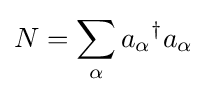
N=\sum _{\alpha }{a_{\alpha }}^{\dagger }a_{\alpha }